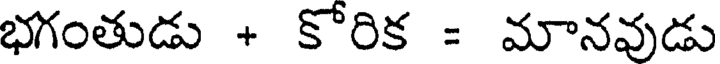
భగంతుడు + కోరిక = మానవుడు